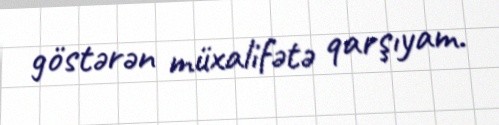
göstərən müxalifətə qarşıyam.